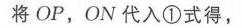
将 \(OP\)，\(ON\) 代入\textcircled{1}式得，